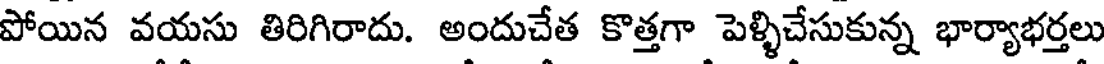
పోయిన వయసు తిరిగిరాదు. అందుచేత కొత్తగా పెళ్ళిచేసుకున్న భార్యాభర్తలు